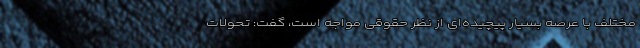
مختلف با عرصه بسیار پیچیده‌ای از نظر حقوقی مواجه است، گفت: تحولات